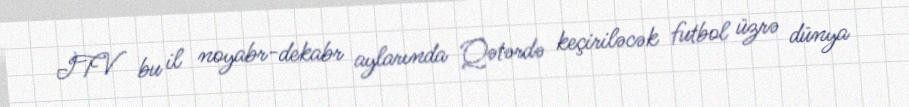
İTV bu il noyabr-dekabr aylarında Qətərdə keçiriləcək futbol üzrə dünya